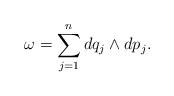
LaTeX: \begin{align*}\omega=\sum_{j=1}^n dq_j\wedge dp_j.\end{align*}